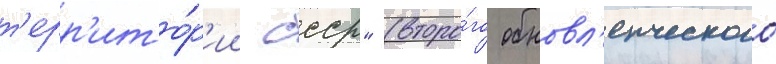
т'ерр'ито́р'ии ссср" (второ́го обновл'енческого